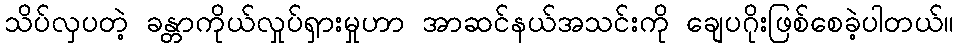
သိပ်လှပတဲ့ ခန္တာကိုယ်လှုပ်ရှားမှုဟာ အာဆင်နယ်အသင်းကို ချေပဂိုးဖြစ်စေခဲ့ပါတယ်။